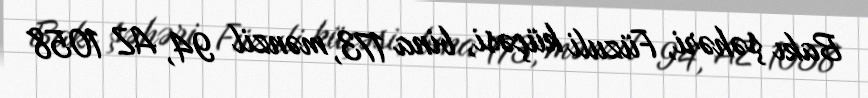
Bakı şəhəri, Füzuli küçəsi, bina 173, mənzil 94, AZ 1058